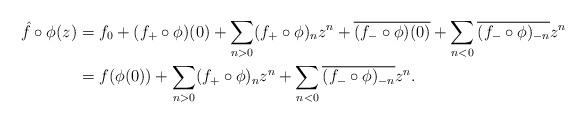
LaTeX: \begin{align*}\hat f\circ\phi(z) &= f_0 + (f_+\circ\phi)(0) + \sum_{n>0} (f_+\circ\phi)_n z^n + \overline{(f_-\circ\phi)(0)} + \sum_{n<0} \overline{(f_-\circ\phi)_{-n}}z^{n}\\&= f(\phi(0)) + \sum_{n>0} (f_+\circ\phi)_n z^n + \sum_{n<0} \overline{(f_-\circ\phi)_{-n}}z^{n}.\end{align*}